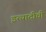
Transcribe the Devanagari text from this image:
इत्यादीची